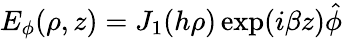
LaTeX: E_{\phi}(\rho,z)=J_{1}(h\rho)\exp(i\beta z)\hat{\phi}